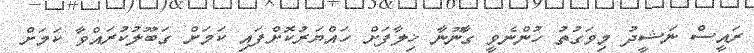
ރައީސް ނަޝީދު މިވަގުތު ހުންނެވީ ގާނޫނާ ޚިލާފަށް ހައްޔަރުކޮށްފައި ކަަމަށް ގަބޫލުކުރައްވާ ކަމަށް